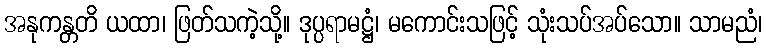
အနုကန္တတိ ယထာ၊ ဖြတ်သကဲ့သို့။ ဒုပ္ပရာမဋ္ဌံ၊ မကောင်းသဖြင့် သုံးသပ်အပ်သော။ သာမညံ၊